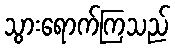
သွားရောက်ကြသည်